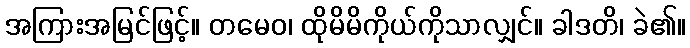
အကြားအမြင်ဖြင့်။ တမေဝ၊ ထိုမိမိကိုယ်ကိုသာလျှင်။ ခါဒတိ၊ ခဲ၏။